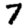
Digit: 7